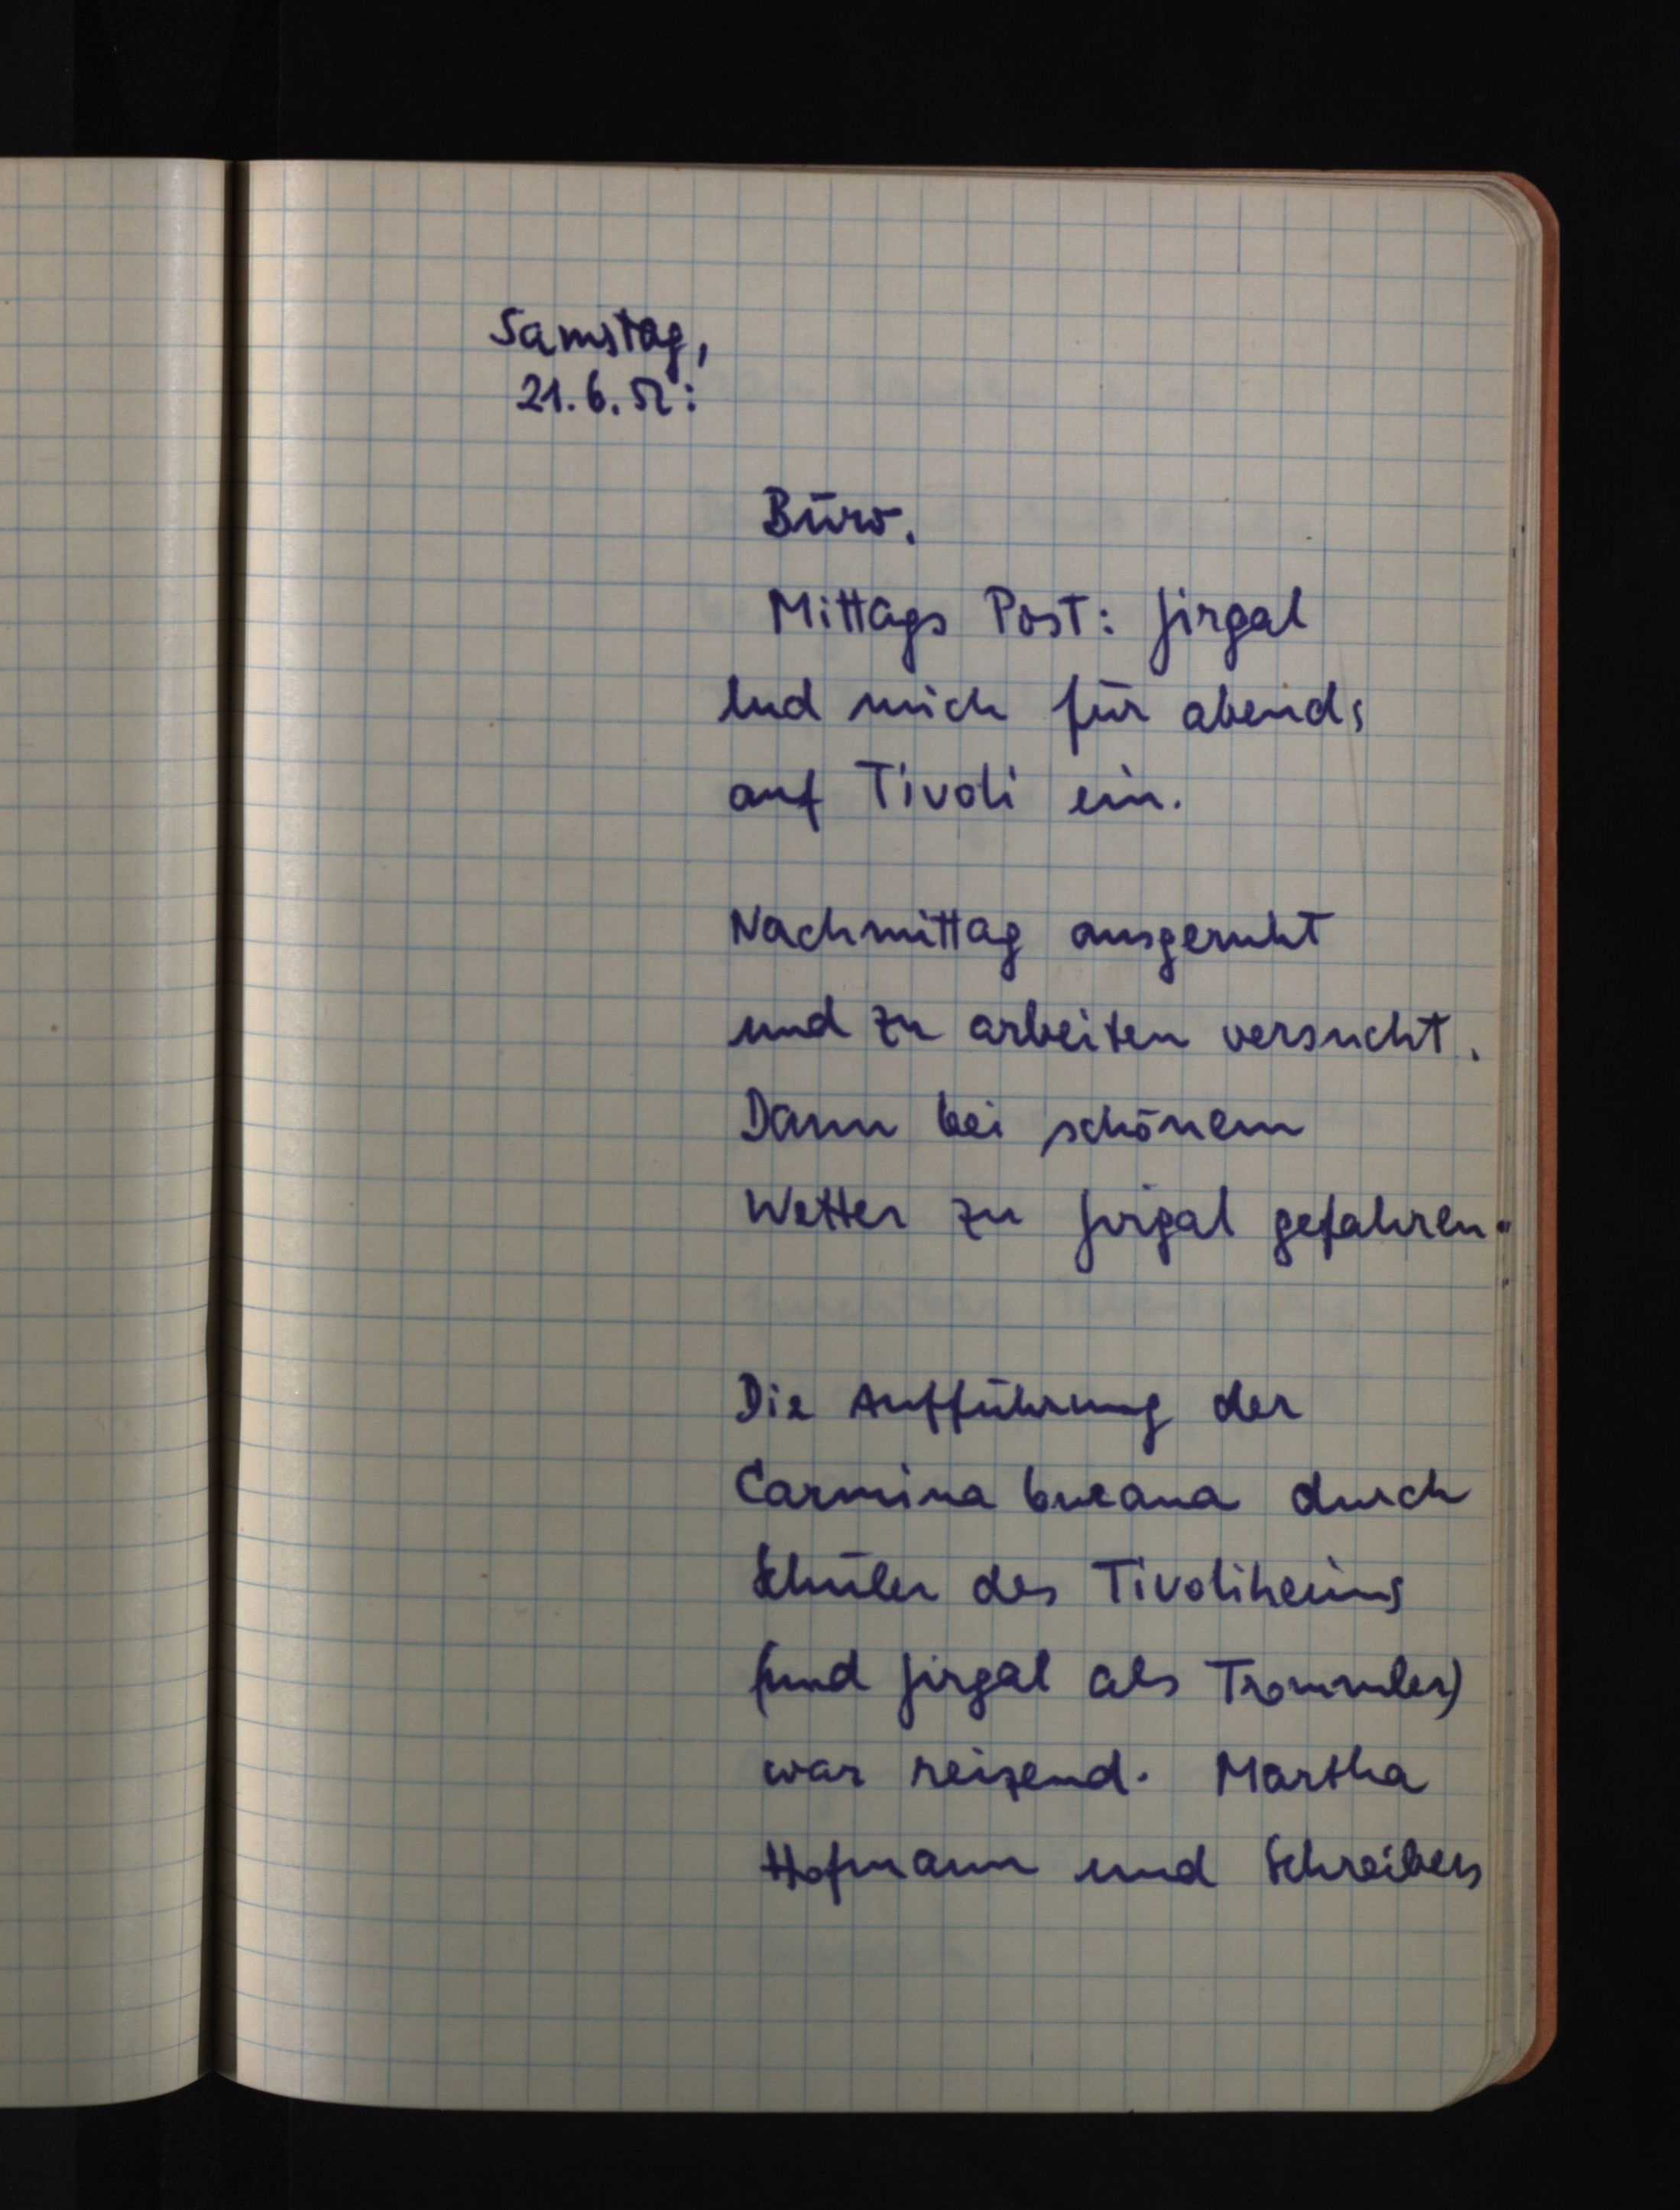
Samstag,
21.6.52:
Büro.
Mittags Post: Jirgal
lud mich für abends
auf Tivoli ein.
Nachmittag ausgeruht
und zu arbeiten versucht.
Dann bei schönem
Wetter zu Jirgal gefahren.
Die Aufführung der
Carmina burana durch
Schüler des Tivoliheims
(und Jirgal als Trommler)
war reizend. Martha
Hofmann und Schreibers